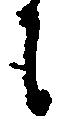
に